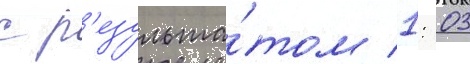
с р'езульта́том 1: 03